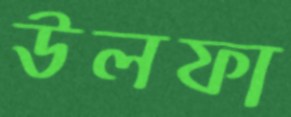
উলফা